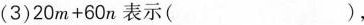
(3)$$2 0 m + 6 0 n$$表示()，